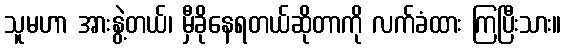
သူမဟာ အားနွဲ့တယ်၊ မှီခိုနေရတယ်ဆိုတာကို လက်ခံထား ကြပြီးသား။